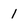
Character: 1